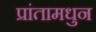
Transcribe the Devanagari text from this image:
प्रांतामधुन